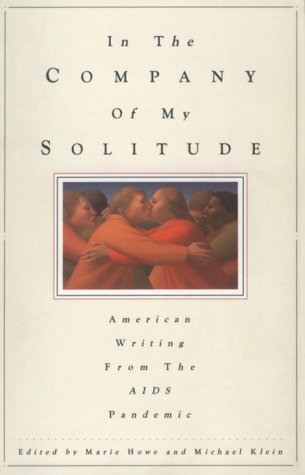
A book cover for In the Company of My Solitude: American Writing from the AIDS Pandemic; Marie Howe; Health, Fitness & Dieting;